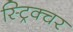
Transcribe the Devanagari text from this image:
स्ट्रिक्चर